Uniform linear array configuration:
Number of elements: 48
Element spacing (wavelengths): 0.5
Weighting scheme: blackman
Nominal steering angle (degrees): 60
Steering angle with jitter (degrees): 61.629
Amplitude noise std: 0.05
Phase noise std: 0.05

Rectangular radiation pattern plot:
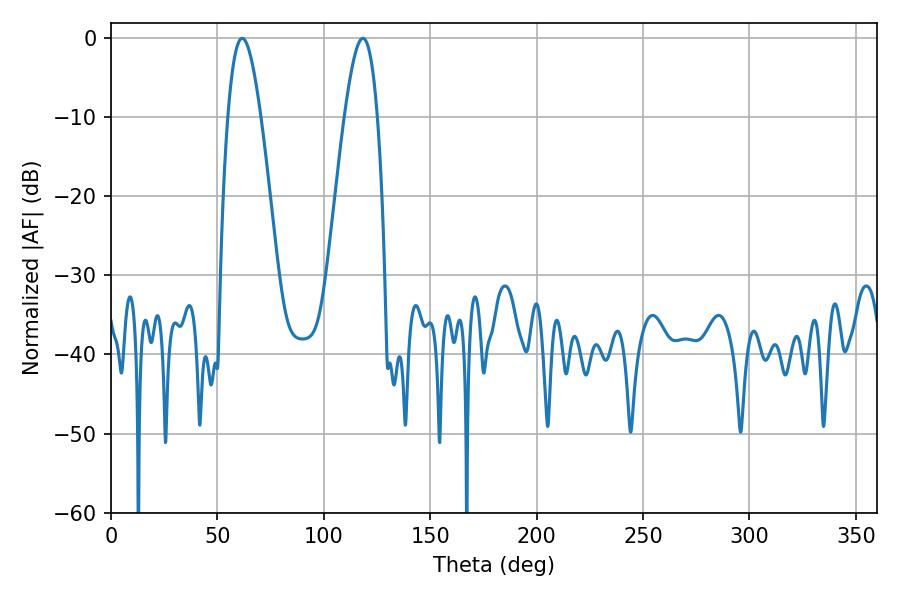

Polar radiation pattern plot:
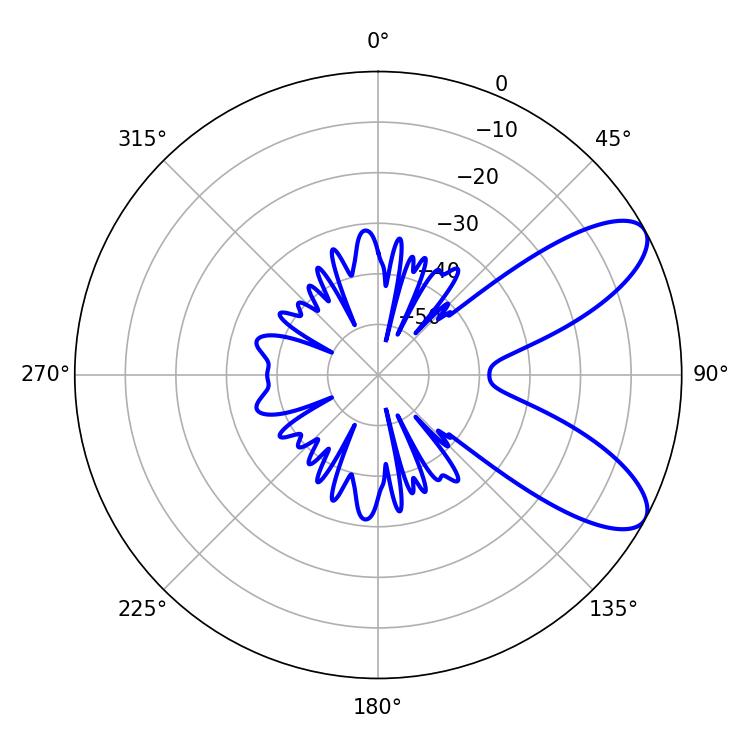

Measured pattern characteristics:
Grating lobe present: FALSE
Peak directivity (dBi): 8.518
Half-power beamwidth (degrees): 8.28
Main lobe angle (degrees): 61.56